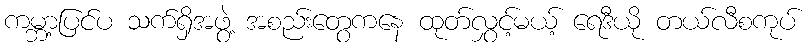
ကမ္ဘာ့ပြင်ပ သက်ရှိအဖွဲ့ အစည်းတွေကနေ ထုတ်လွှင့်မယ့် ရေဒီယို တယ်လီစကုပ်